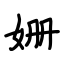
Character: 姗